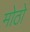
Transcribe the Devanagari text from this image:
मोठो